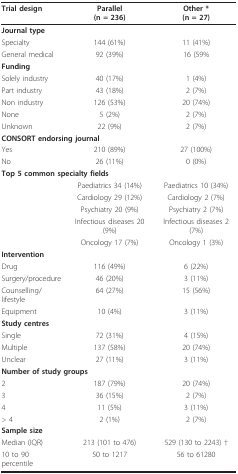
<table><thead><tr><td><b>Trial design</b></td><td><b>Parallel(n = 236)</b></td><td><b>Other *(n = 27)</b></td></tr></thead><tbody><tr><td><b>Journal type</b></td><td></td><td></td></tr><tr><td>Specialty</td><td>144 (61%)</td><td>11 (41%)</td></tr><tr><td>General medical</td><td>92 (39%)</td><td>16 (59%</td></tr><tr><td><b>Funding</b></td><td></td><td></td></tr><tr><td>Solely industry</td><td>40 (17%)</td><td>1 (4%)</td></tr><tr><td>Part industry</td><td>43 (18%)</td><td>2 (7%)</td></tr><tr><td>Non industry</td><td>126 (53%)</td><td>20 (74%)</td></tr><tr><td>None</td><td>5 (2%)</td><td>2 (7%)</td></tr><tr><td>Unknown</td><td>22 (9%)</td><td>2 (7%)</td></tr><tr><td colspan="2"><b>CONSORT endorsing journal</b></td><td></td></tr><tr><td>Yes</td><td>210 (89%)</td><td>27 (100%)</td></tr><tr><td>No</td><td>26 (11%)</td><td>0 (0%)</td></tr><tr><td colspan="2"><b>Top 5 common specialty fields</b></td><td></td></tr><tr><td></td><td>Paediatrics 34 (14%)</td><td>Paediatrics 10 (34%)</td></tr><tr><td></td><td>Cardiology 29 (12%)</td><td>Cardiology 2 (7%)</td></tr><tr><td></td><td>Psychiatry 20 (9%)</td><td>Psychiatry 2 (7%)</td></tr><tr><td></td><td>Infectious diseases 20 (9%)</td><td>Infectious diseases 2 (7%)</td></tr><tr><td></td><td>Oncology 17 (7%)</td><td>Oncology 1 (3%)</td></tr><tr><td><b>Intervention</b></td><td></td><td></td></tr><tr><td>Drug</td><td>116 (49%)</td><td>6 (22%)</td></tr><tr><td>Surgery/procedure</td><td>46 (20%)</td><td>3 (11%)</td></tr><tr><td>Counselling/lifestyle</td><td>64 (27%)</td><td>15 (56%)</td></tr><tr><td>Equipment</td><td>10 (4%)</td><td>3 (11%)</td></tr><tr><td><b>Study centres</b></td><td></td><td></td></tr><tr><td>Single</td><td>72 (31%)</td><td>4 (15%)</td></tr><tr><td>Multiple</td><td>137 (58%)</td><td>20 (74%)</td></tr><tr><td>Unclear</td><td>27 (11%)</td><td>3 (11%)</td></tr><tr><td colspan="2"><b>Number of study groups</b></td><td></td></tr><tr><td>2</td><td>187 (79%)</td><td>20 (74%)</td></tr><tr><td>3</td><td>36 (15%)</td><td>2 (7%)</td></tr><tr><td>4</td><td>11 (5%)</td><td>3 (11%)</td></tr><tr><td>&gt; 4</td><td>2 (1%)</td><td>2 (7%)</td></tr><tr><td><b>Sample size</b></td><td></td><td></td></tr><tr><td>Median (IQR)</td><td>213 (101 to 476)</td><td>529 (130 to 2243) †</td></tr><tr><td>10 to 90 percentile</td><td>50 to 1217</td><td>56 to 61280</td></tr></tbody></table>